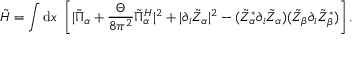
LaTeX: \tilde { H } = \int \mathrm { d } x ~ \left[ | \tilde { \Pi } _ { \alpha } + \frac { \Theta } { 8 \pi ^ { 2 } } \tilde { \Pi } _ { \alpha } ^ { H } | ^ { 2 } + | \partial _ { i } \tilde { Z } _ { \alpha } | ^ { 2 } - ( \tilde { Z } _ { \alpha } ^ { * } \partial _ { i } \tilde { Z } _ { \alpha } ) ( \tilde { Z } _ { \beta } \partial _ { i } \tilde { Z } _ { \beta } ^ { * } ) \right] .